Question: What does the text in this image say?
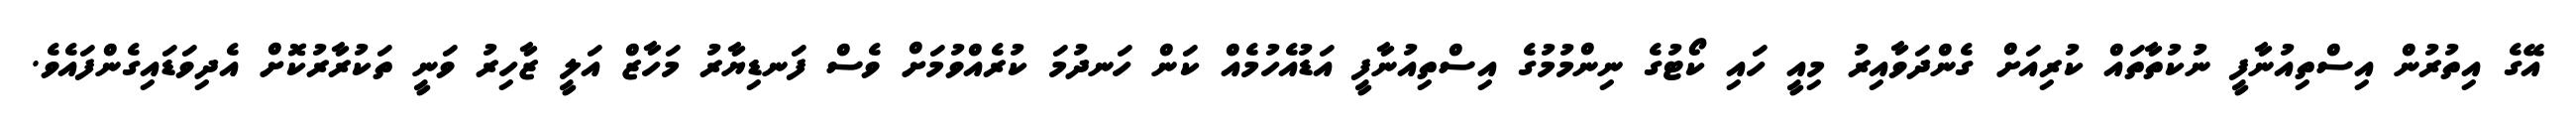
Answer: އޭގެ އިތުރުން އިސްތިއުނާފީ ނުކުތާތައް ކުރިއަށް ގެންދަވާއިރު މިއީ ހައި ކޯޓުގެ ނިންމުމުގެ އިސްތިއުނާފީ އަޑުއެހުމެއް ކަން ހަނދުމަ ކުރެއްވުމަށް ވެސް ފަނޑިޔާރު މަހާޒް އަލީ ޒާހިރު ވަނީ ތަކުރާރުކޮށް އެދިވަޑައިގެންފައެވެ.